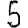
Digit: 5